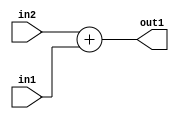
`timescale 1ps / 1ps
/*****************************************************************************
    Verilog RTL Description
    
    
    Created by: Stratus DpOpt 2019.1.01 
*******************************************************************************/

module ColorTransform_Add_19Ux17U_19U_4 (
	in2,
	in1,
	out1
	); /* architecture "behavioural" */ 
input [18:0] in2;
input [16:0] in1;
output [18:0] out1;
wire [18:0] asc001;

assign asc001 = 
	+(in2)
	+(in1);

assign out1 = asc001;
endmodule

/* CADENCE  ubHzSQE= : u9/ySgnWtBlWxVPRXgAZ4Og= ** DO NOT EDIT THIS LINE ******/